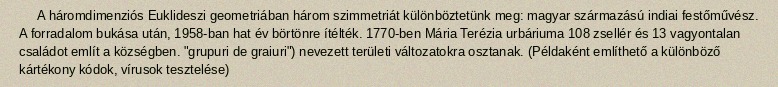
A háromdimenziós Euklideszi geometriában három szimmetriát különböztetünk meg: magyar származású indiai festőművész. A forradalom bukása után, 1958-ban hat év börtönre ítélték. 1770-ben Mária Terézia urbáriuma 108 zsellér és 13 vagyontalan családot említ a községben. "grupuri de graiuri") nevezett területi változatokra osztanak. (Példaként említhető a különböző kártékony kódok, vírusok tesztelése)